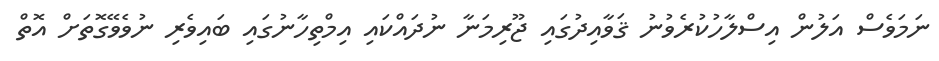
ނަމަވެސް އަލުން އިސްލާހުކުރެވުނު ޤަވާއިދުގައި ޖޫރިމަނާ ނުދައްކައި އިމްތިހާނުގައި ބައިވެރި ނުވެވޭގޮތަށް އޮތް